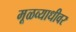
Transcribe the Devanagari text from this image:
मूळव्याधीवर